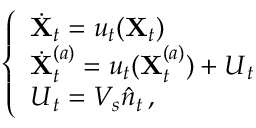
\left\{ \begin{array} { l l } { \dot { \mathbf X } _ { t } = { \boldsymbol u } _ { t } ( { \mathbf X } _ { t } ) } \\ { \dot { \mathbf X } _ { t } ^ { ( a ) } = { \boldsymbol u } _ { t } ( { \mathbf X } _ { t } ^ { ( a ) } ) + { \boldsymbol U } _ { t } } \\ { { \boldsymbol U } _ { t } = V _ { s } \hat { { \boldsymbol n } } _ { t } \, , } \end{array} \right.